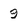
Character: 9